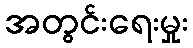
အတွင်းရေးမှုး